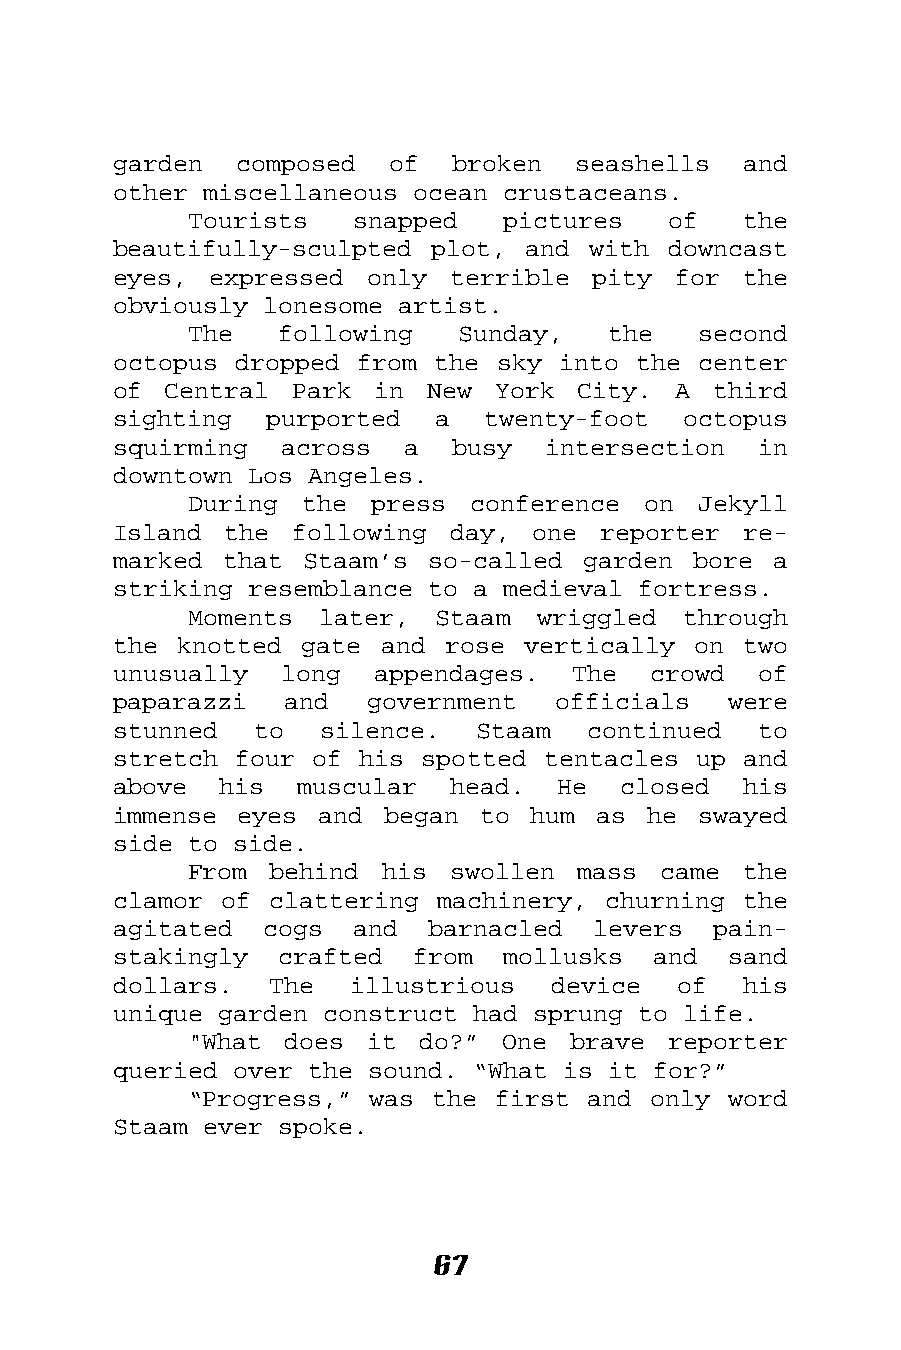
garden  composed  of  broken  seashells   and
 other miscellaneous ocean crustaceans.
 Tourists   snapped   pictures   of   the
 beautifully-sculpted plot, and with  downcast
 eyes, expressed  only terrible  pity for  the
 obviously lonesome artist.
 The   following   Sunday,   the   second
 octopus dropped from the sky into the  center
 of Central  Park in  New York  City. A  third
 sighting  purported  a  twenty-foot   octopus
 squirming  across  a  busy  intersection   in
 downtown Los Angeles.
 During the  press conference  on  Jekyll
 Island the  following day,  one reporter  re-
 marked that Staam’s  so-called garden bore  a
 striking resemblance to a medieval fortress.
 Moments  later, Staam  wriggled  through
 the knotted gate  and rose vertically on  two
 unusually  long  appendages.  The  crowd   of
 paparazzi  and   government  officials   were
 stunned  to   silence.  Staam  continued   to
 stretch four of his spotted tentacles up  and
 above  his  muscular  head.  He  closed   his
 immense eyes  and began to  hum as he  swayed
 side to side.
 From behind  his swollen  mass came  the
 clamor of clattering machinery, churning  the
 agitated  cogs  and  barnacled  levers  pain-
 stakingly  crafted  from  mollusks  and  sand
 dollars.  The   illustrious  device  of   his
 unique garden construct had sprung to life.
 "What does  it do?”  One brave  reporter
 queried over the sound. “What is it for?”
 “Progress,” was the first and only  word
 Staam ever spoke.
 67